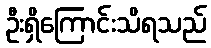
ဦးရှိကြောင်းသိရသည်